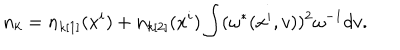
LaTeX: n _ { k } = n _ { k [ 1 ] } ( x ^ { i } ) + n _ { k [ 2 ] } ( x ^ { i } ) \int ( \omega ^ { * } ( x ^ { i } , v ) ) ^ { 2 } \omega ^ { - 1 } d v .